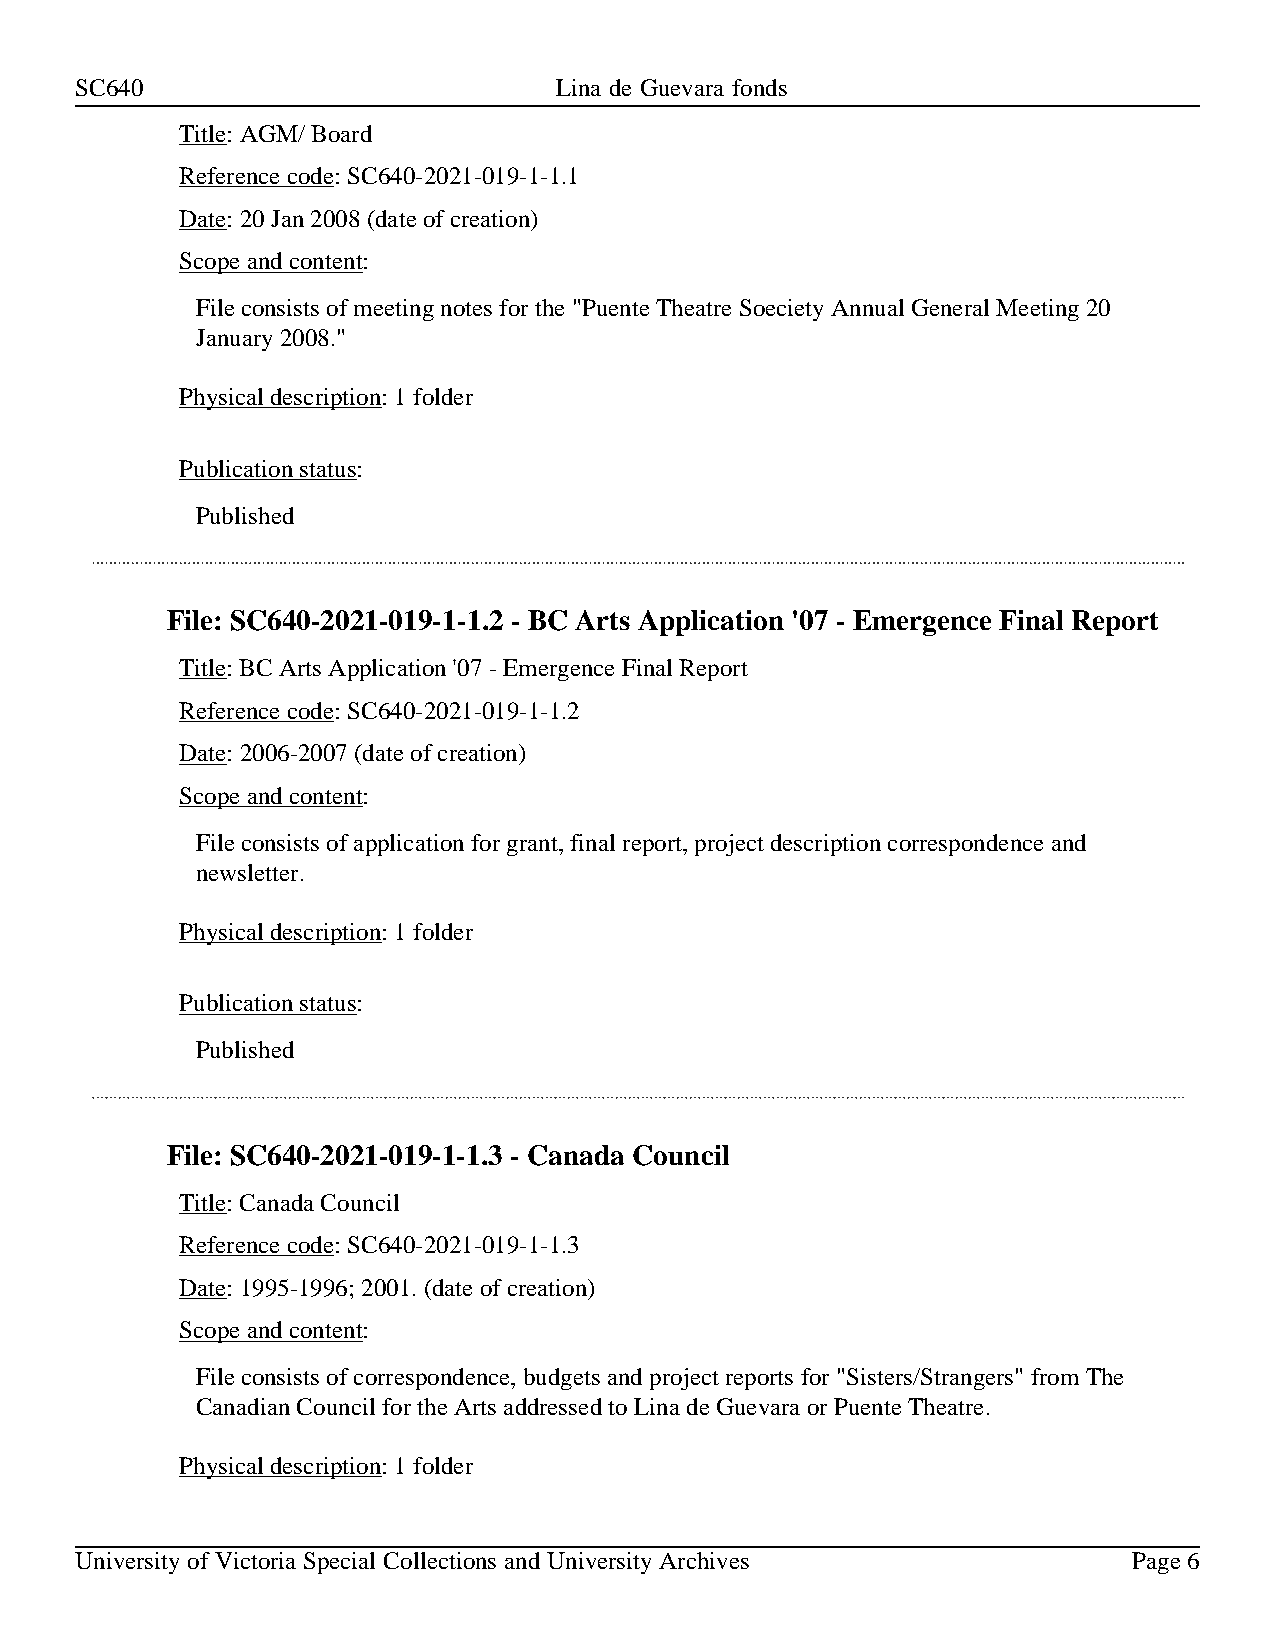
SC640                           Lina de Guevara fonds
 Title: AGM/ Board
 Reference code: SC640-2021-019-1-1.1
 Date: 20 Jan 2008 (date of creation)
 Scope and content:
 File consists of meeting notes for the "Puente Theatre Soeciety Annual General Meeting 20
 January 2008."
 Physical description: 1 folder
 Publication status:
 Published
 File: SC640-2021-019-1-1.2 - BC Arts Application '07 - Emergence Final Report
 Title: BC Arts Application '07 - Emergence Final Report
 Reference code: SC640-2021-019-1-1.2
 Date: 2006-2007 (date of creation)
 Scope and content:
 File consists of application for grant, final report, project description correspondence and
 newsletter.
 Physical description: 1 folder
 Publication status:
 Published
 File: SC640-2021-019-1-1.3 - Canada Council
 Title: Canada Council
 Reference code: SC640-2021-019-1-1.3
 Date: 1995-1996; 2001. (date of creation)
 Scope and content:
 File consists of correspondence, budgets and project reports for "Sisters/Strangers" from The
 Canadian Council for the Arts addressed to Lina de Guevara or Puente Theatre.
 Physical description: 1 folder
 University of Victoria Special Collections and University Archives    Page 6